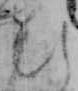
ひ